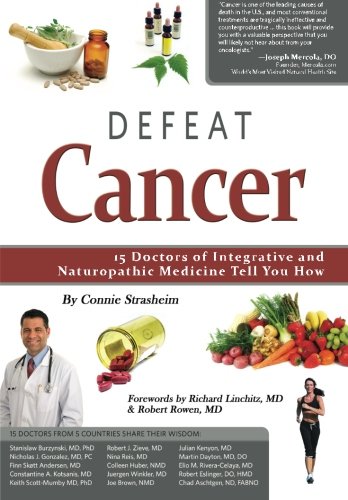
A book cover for Defeat Cancer: 15 Doctors of Integrative & Naturopathic Medicine Tell You How; Connie Strasheim; Medical Books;